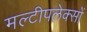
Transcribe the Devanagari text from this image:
मल्टीपलेक्सों